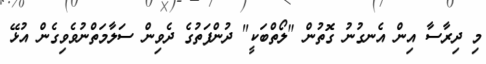
މި ދިރާސާ އިން އެނގުނު ގޮތުން "ލޯތްބަކީ" ދުންފަތުގެ ދެވިން ސަލާމަތްނުވެވިގެން އުޅޭ